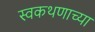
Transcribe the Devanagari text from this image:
स्वकथणाच्या